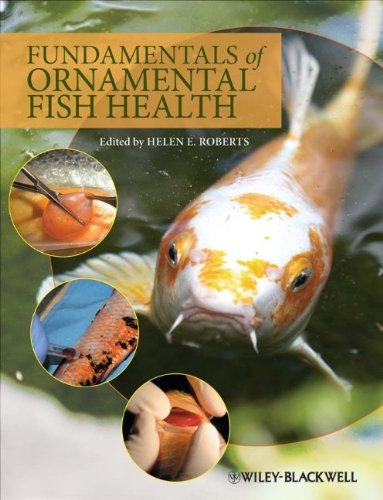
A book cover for Fundamentals of Ornamental Fish Health; Crafts, Hobbies & Home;